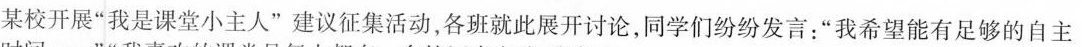
某校开展”我是课堂小主人”建议征集活动，各班就此展开讨论，同学们纷纷发言：”我希望能有足够的自主